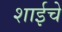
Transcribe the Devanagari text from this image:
शाईचे